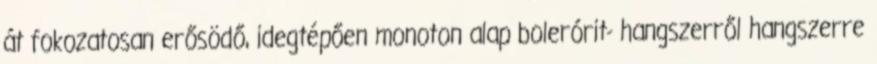
át fokozatosan erősödő, idegtépően monoton alap bolerórit- hangszerről hangszerre